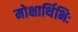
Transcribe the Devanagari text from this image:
मोक्षार्थिभिः